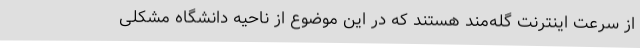
از سرعت اینترنت گله‌مند هستند که در این موضوع از ناحیه دانشگاه مشکلی